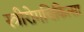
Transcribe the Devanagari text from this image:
स्त्रीरोगचिकित्सा